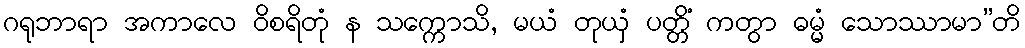
ဂရုဘာရာ အကာလေ ဝိစရိတုံ န သက္ကောသိ, မယံ တုယှံ ပတ္တိံ ကတွာ ဓမ္မံ သောဿာမာ”တိ